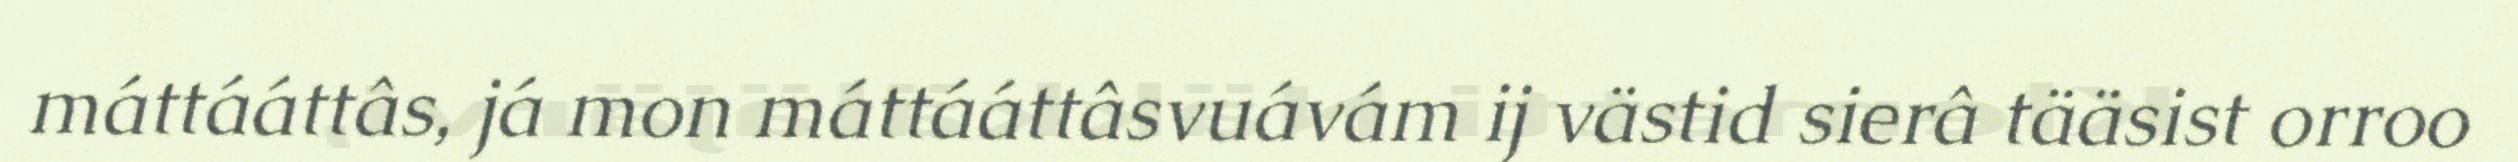
máttááttâs, já mon máttááttâsvuávám ij västid sierâ tääsist orroo